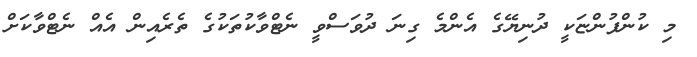
މި ކުންފުންޏަކީ ދުނިޔޭގެ އެންމެ ގިނަ ދުވަސްވީ ނެޓްވާކުތަކުގެ ތެރެއިން އެއް ނެޓްވާކަށް